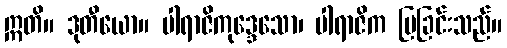
ဣတိ။ ဒုတီယော။ ပါရာဇိကုဒ္ဒေသော၊ ပါရာဇိက ပြခြင်းသည်။